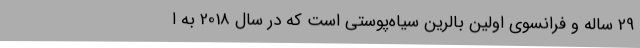
29 ساله و فرانسوی اولین بالرین سیاه‌پوستی است که در سال 2018 به ا